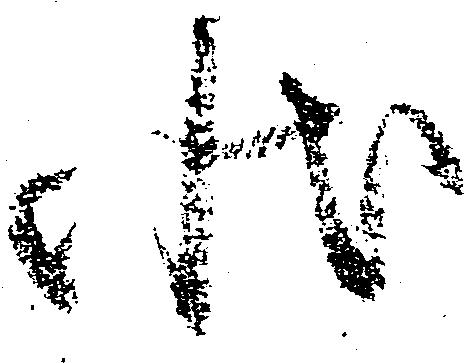
状